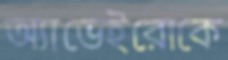
অ্যাভেইরোকে